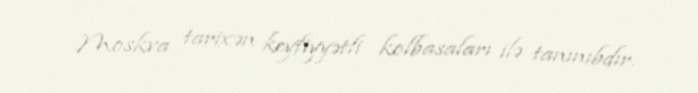
Moskva tarixən keyfiyyətli kolbasaları ilə tanınıbdır.